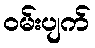
ဝမ်းပျက်